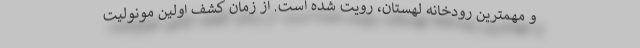
و مهمترین رودخانه لهستان، رویت شده است. از زمان کشف اولین مونولیت